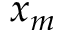
x _ { m }